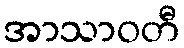
အာသာဝတီ